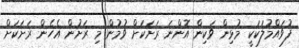
ފުވައްމުލަކަކީ މުޅިން ވަކިން އޮންނަ ރަށަކަށް ވުމުން މި ރަށުން އެހެން ރަށަކަށް